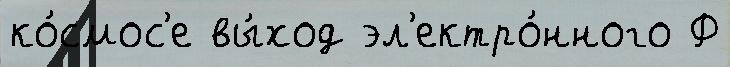
ко́смос'е вы́ход эл'ектро́нного Ф